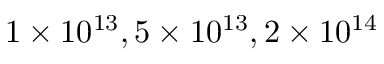
1 \times 1 0 ^ { 1 3 } , 5 \times 1 0 ^ { 1 3 } , 2 \times 1 0 ^ { 1 4 }